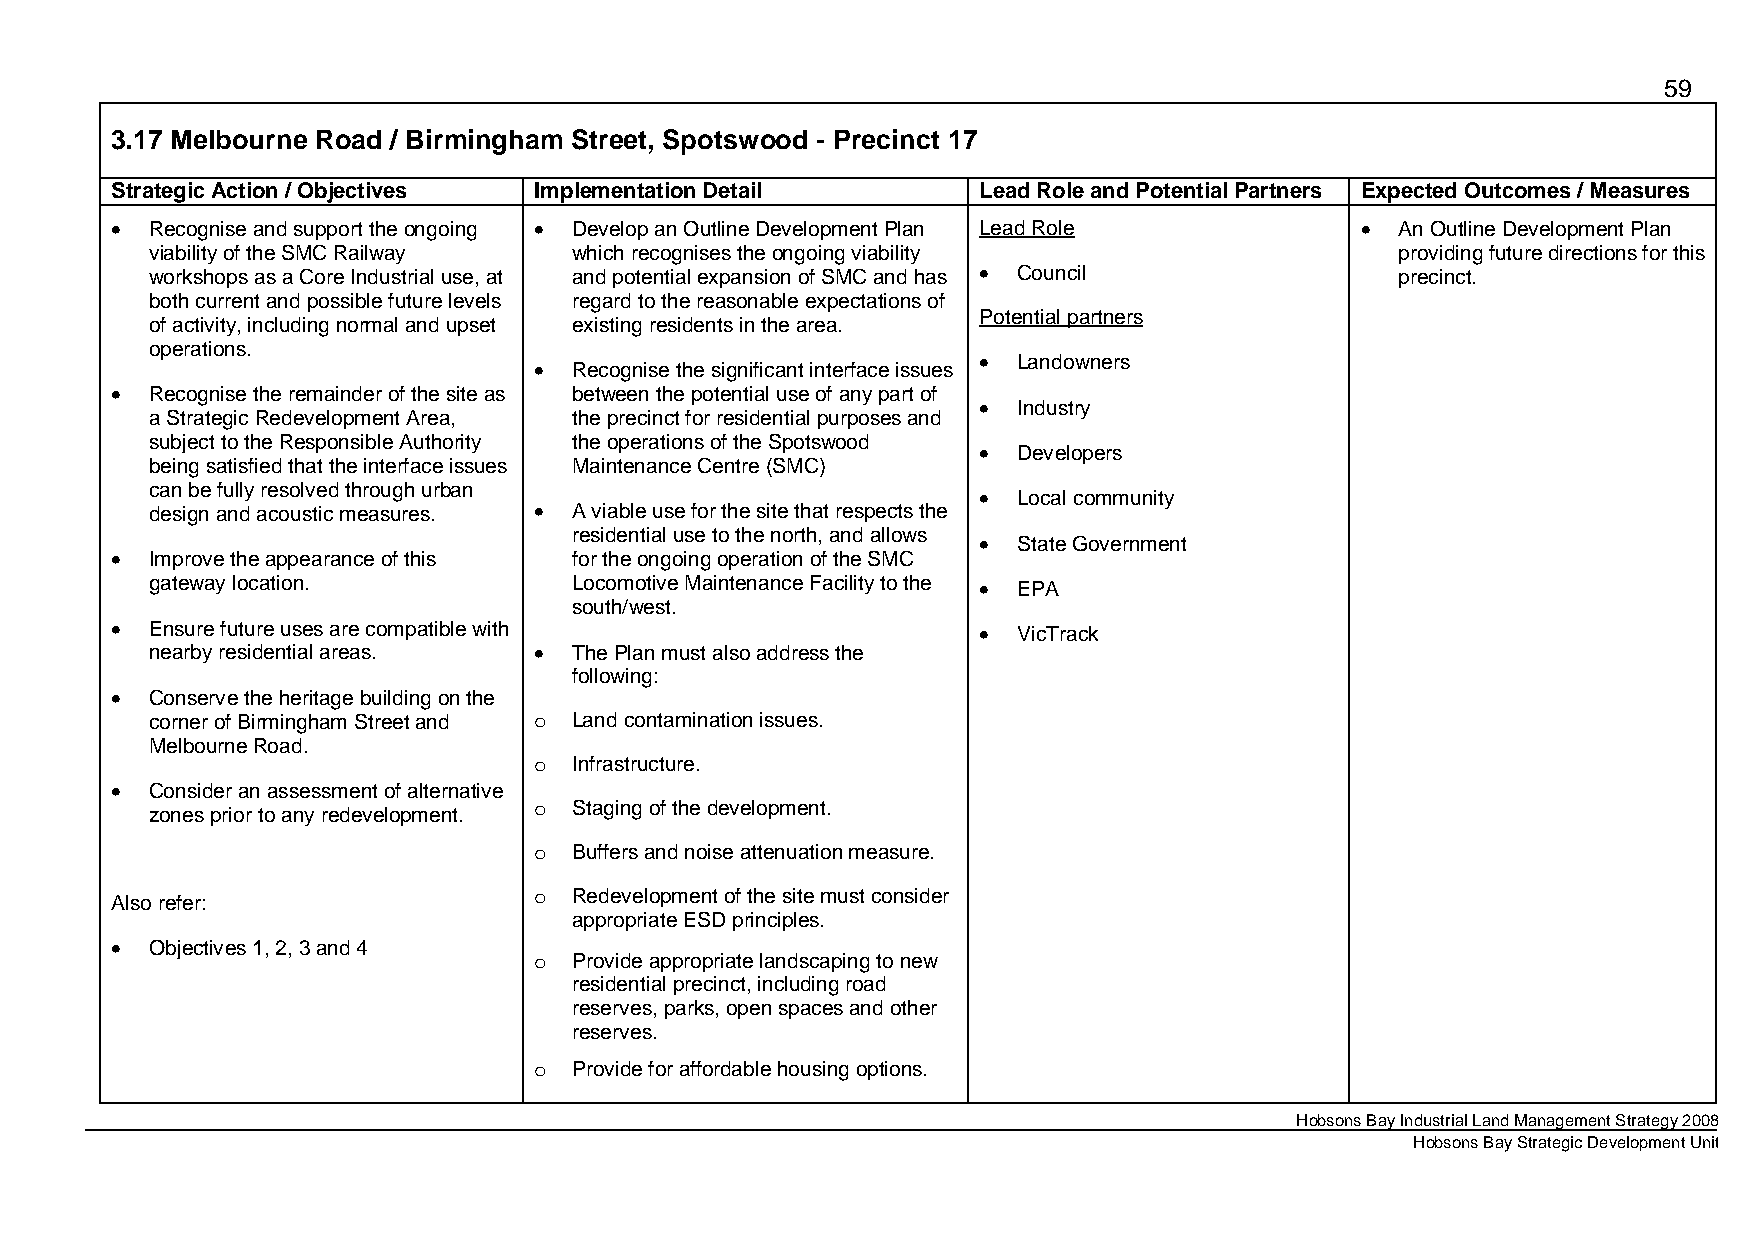
59
 3.17 Melbourne Road / Birmingham Street, Spotswood - Precinct 17
 Strategic Action / Objectives Implementation Detail       Lead Role and Potential Partners Expected Outcomes / Measures
 •  Recognise and support the ongoing • Develop an Outline Development Plan Lead Role • An Outline Development Plan
 viability of the SMC Railway which recognises the ongoing viability                providing future directions for this
 workshops as a Core Industrial use, at and potential expansion of SMC and has • Council precinct.
 both current and possible future levels regard to the reasonable expectations of
 Potential partners
 of activity, including normal and upset existing residents in the area.
 operations.
 •  Recognise the significant interface issues • Landowners
 •  Recognise the remainder of the site as between the potential use of any part of
 • Industry
 a Strategic Redevelopment Area, the precinct for residential purposes and
 subject to the Responsible Authority the operations of the Spotswood
 • Developers
 being satisfied that the interface issues Maintenance Centre (SMC)
 can be fully resolved through urban                    • Local community
 design and acoustic measures. • A viable use for the site that respects the
 residential use to the north, and allows • State Government
 •  Improve the appearance of this for the ongoing operation of the SMC
 gateway location.           Locomotive Maintenance Facility to the • EPA
 south/west.
 •  Ensure future uses are compatible with                 • VicTrack
 nearby residential areas. • The Plan must also address the
 following:
 •  Conserve the heritage building on the
 corner of Birmingham Street and o Land contamination issues.
 Melbourne Road.
 o  Infrastructure.
 •  Consider an assessment of alternative
 o  Staging of the development.
 zones prior to any redevelopment.
 o  Buffers and noise attenuation measure.
 o  Redevelopment of the site must consider
 Also refer:
 appropriate ESD principles.
 •  Objectives 1, 2, 3 and 4
 o  Provide appropriate landscaping to new
 residential precinct, including road
 reserves, parks, open spaces and other
 reserves.
 o  Provide for affordable housing options.
 Hobsons Bay Industrial Land Management Strategy 2008
 Hobsons Bay Strategic Development Unit